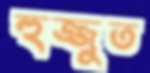
হুজ্জুত